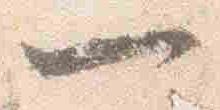
一